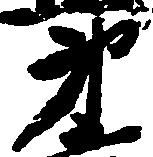
第